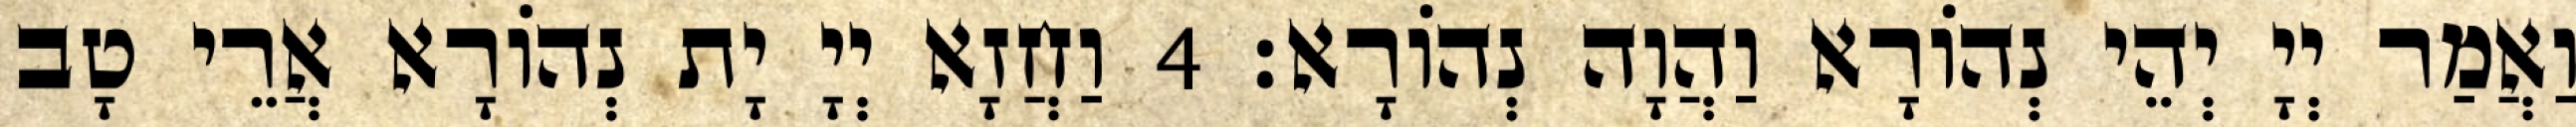
וַאֲמַר יְיָ יְהֵי נְהוֹרָא וַהֲוָה נְהוֹרָא׃ 4 וַחֲזָא יְיָ יָת נְהוֹרָא אֲרֵי טָב